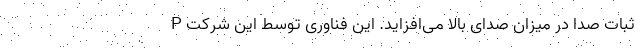
ثبات صدا در میزان صدای بالا می‌افزاید. این فناوری توسط این شرکت P